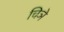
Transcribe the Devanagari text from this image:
चिञे